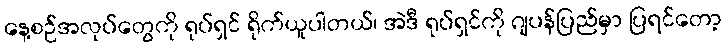
နေ့စဉ်အလုပ်တွေကို ရုပ်ရှင် ရိုက်ယူပါတယ်၊ အဲဒီ ရုပ်ရှင်ကို ဂျပန်ပြည်မှာ ပြရင်တော့